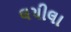
લચીલા